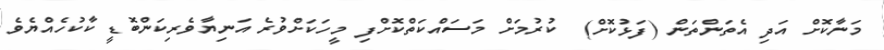
މަނާކޮށް އަދި އެތަންތަން (ފަޅުކޮށް)  ކުރުމަށް މަސައްކަތްކޮށްފި މީހަކަށްވުރެ އަނިޔާވެރިކަންބޮޑީ ކާކުހެއްޔެވެ